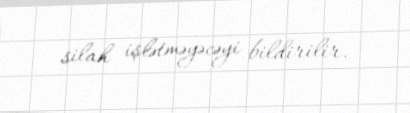
silah işlətməyəcəyi bildirilir.